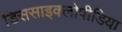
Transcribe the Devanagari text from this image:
डिससाइक्लोपीडिया